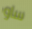
ساو